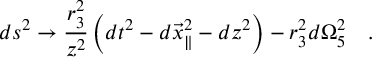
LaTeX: d s ^ { 2 } \rightarrow { \frac { r _ { 3 } ^ { 2 } } { z ^ { 2 } } } \left( d t ^ { 2 } - d { \vec { x } } _ { \parallel } ^ { 2 } - d z ^ { 2 } \right) - r _ { 3 } ^ { 2 } d \Omega _ { 5 } ^ { 2 } \quad .